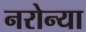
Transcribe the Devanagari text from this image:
नरोन्या